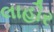
લાહૌર